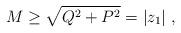
LaTeX: \begin{align*}M\geq \sqrt {Q^2 + P^2}= |z_1|\ ,\end{align*}